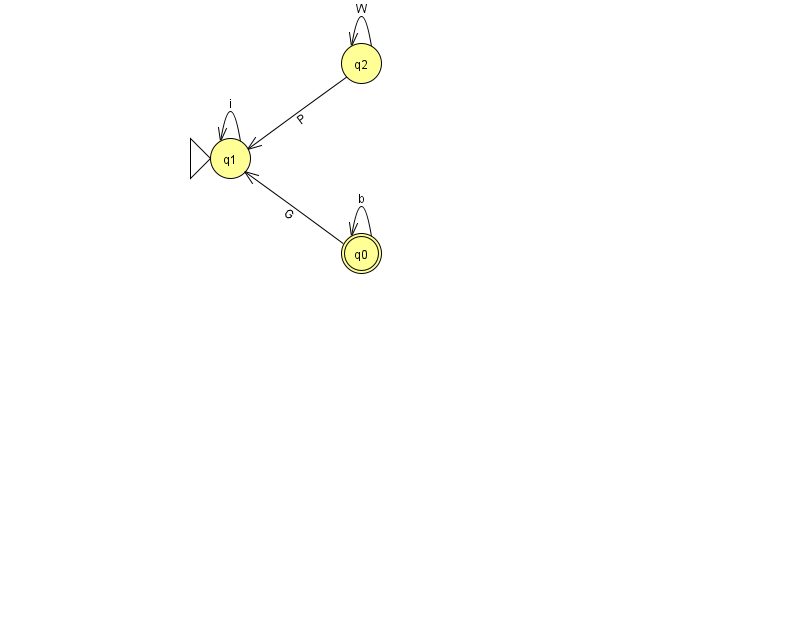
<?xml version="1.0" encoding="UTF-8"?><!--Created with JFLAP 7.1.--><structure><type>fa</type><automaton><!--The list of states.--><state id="0" name="q0"><x>361.0</x><y>240.0</y><final/></state><state id="1" name="q1"><x>230.0</x><y>145.0</y><initial/></state><state id="2" name="q2"><x>361.0</x><y>50.0</y></state><!--The list of transitions.--><transition><from>2</from><to>1</to><read>P</read></transition><transition><from>0</from><to>0</to><read>b</read></transition><transition><from>2</from><to>2</to><read>W</read></transition><transition><from>1</from><to>1</to><read>i</read></transition><transition><from>0</from><to>1</to><read>G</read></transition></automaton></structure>